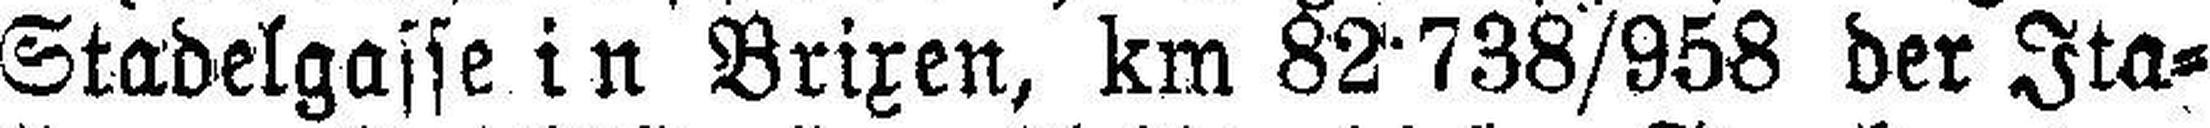
Stadelgasse in Brixen, km 82 738/958 der Ita¬